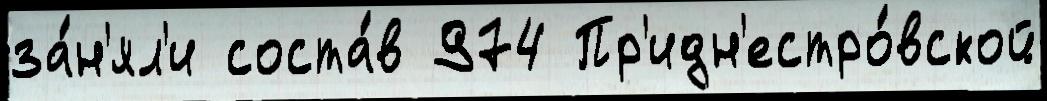
за́н'ял'и соста́в 974 Пр'идн'естро́вской